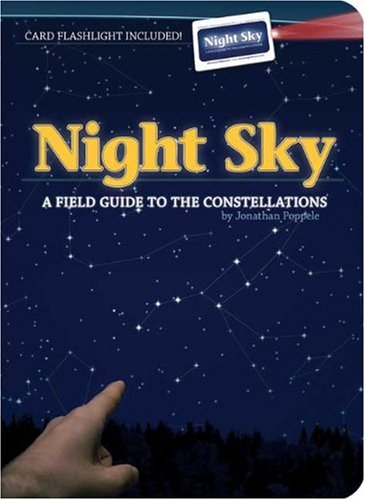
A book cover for Night Sky: A Field Guide to the Constellations; Jonathan Poppele; Science & Math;